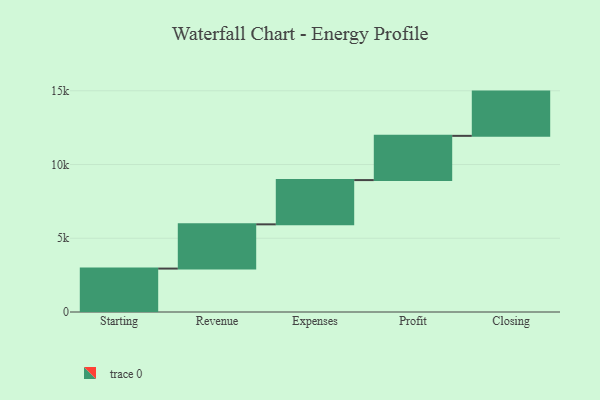
{"axis": {"x": "Step", "y": "Value"}, "legend": [""], "data": [{"x": "Starting", "y": 2944.0, "type": ""}, {"x": "Revenue", "y": 3000, "type": ""}, {"x": "Expenses", "y": 3000, "type": ""}, {"x": "Profit", "y": 3000, "type": ""}, {"x": "Closing", "y": 3000, "type": ""}]}